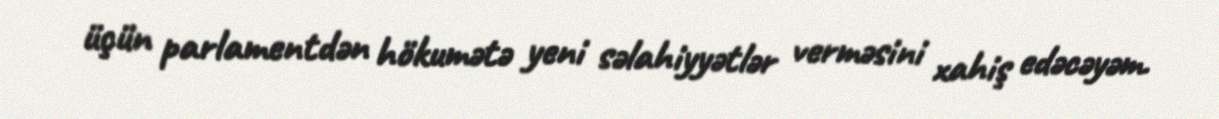
üçün parlamentdən hökumətə yeni səlahiyyətlər verməsini xahiş edəcəyəm.